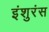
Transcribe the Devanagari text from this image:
इंशुरंस